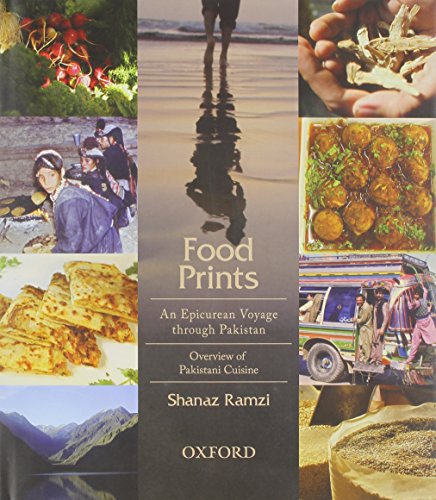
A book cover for Food Prints: An Epicurean Voyage through Pakistan - Overview of Pakistani Cuisine; Shanaz Ramzi; History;